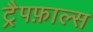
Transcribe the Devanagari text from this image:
ट्रैपफ़ाल्स